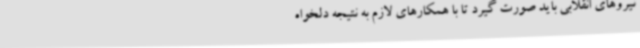
نیروهای انقلابی باید صورت گیرد تا با همکارهای لازم به نتیجه دلخواه